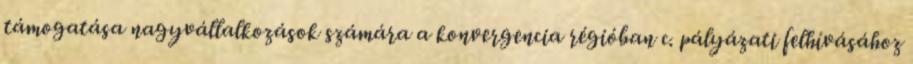
támogatása nagyvállalkozások számára a konvergencia régióban c. pályázati felhívásához